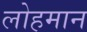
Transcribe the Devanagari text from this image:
लोहमान